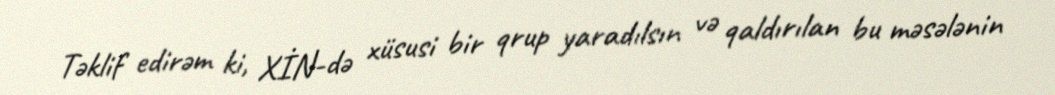
Təklif edirəm ki, XİN-də xüsusi bir qrup yaradılsın və qaldırılan bu məsələnin